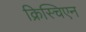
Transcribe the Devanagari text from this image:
क्रिस्चिएन